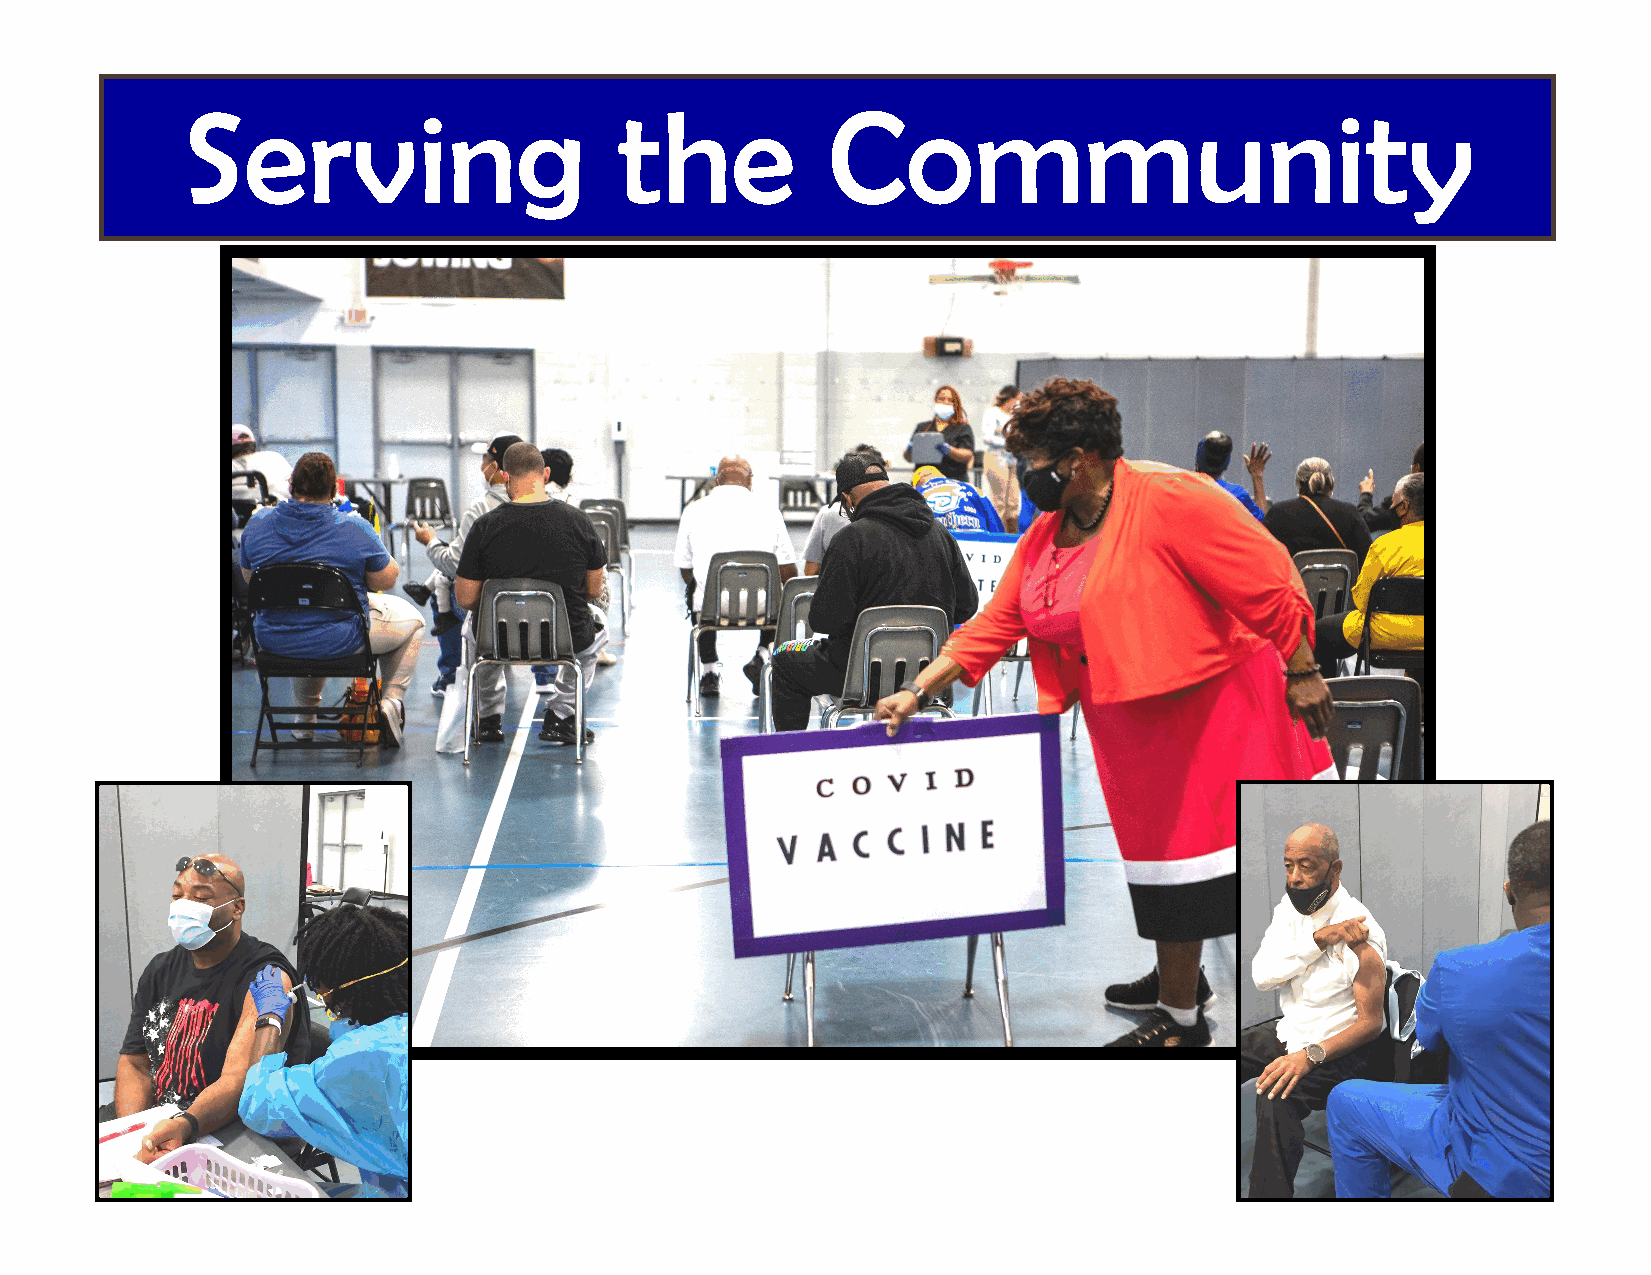
Serving                      the           Community